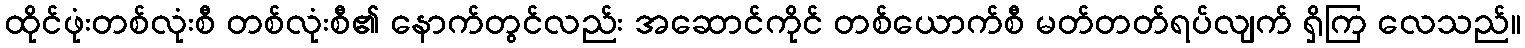
ထိုင်ဖုံးတစ်လုံးစီ တစ်လုံးစီ၏ နောက်တွင်လည်း အဆောင်ကိုင် တစ်ယောက်စီ မတ်တတ်ရပ်လျက် ရှိကြ လေသည်။